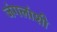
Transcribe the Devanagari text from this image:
जंगलांशी